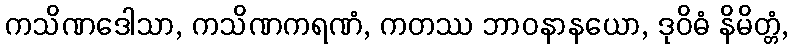
ကသိဏဒေါသာ, ကသိဏကရဏံ, ကတဿ ဘာဝနာနယော, ဒုဝိဓံ နိမိတ္တံ,